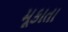
મૂકાતા